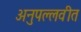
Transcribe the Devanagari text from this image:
अनुपल्लवीत